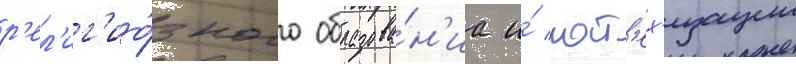
р'ел'иг'ио́зного образова́н'иа и́ кат'ех'изации